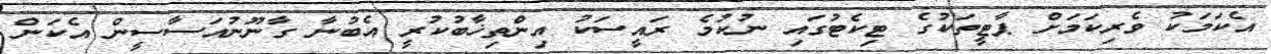
އެކަމަކު ވެރިކަމަށް ޕާޓީތަކުގެ ޓިކެޓުގައި ނުކުމެ ރައީސަކު އިންތިޚާބުކުރީ އެބުނާ ގާނޫނުއަސާސީން އެކަން